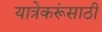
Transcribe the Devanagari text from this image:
यात्रेकरूंसाठी